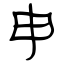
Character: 申